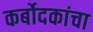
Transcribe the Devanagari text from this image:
कर्बोदकांचा